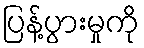
ပြန့်ပွားမှုကို